Lunatic asylums United Prov. 1922-30 - 1922-1930
Year: 1922
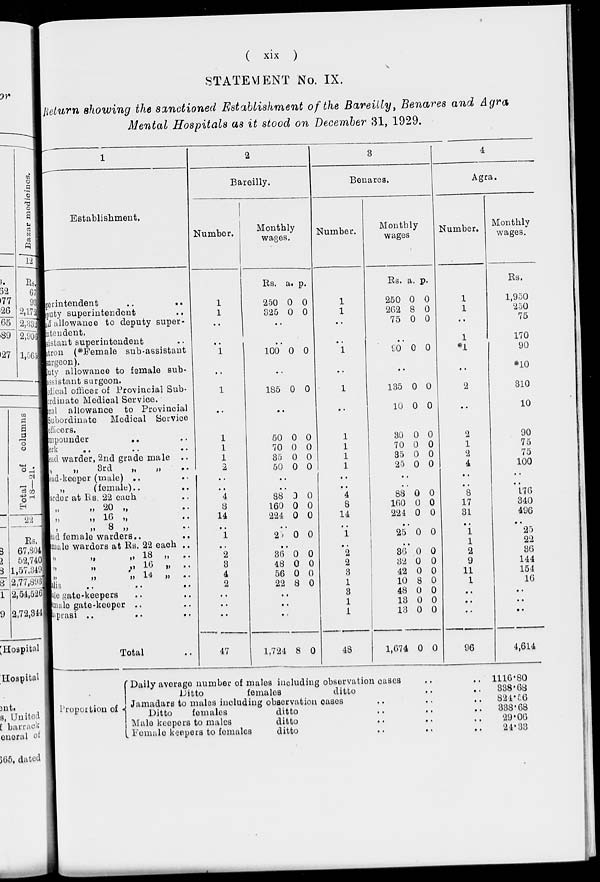
( xix )
STATEMENT No. IX.
Return showing the sanctioned Establishment of the Bareilly, Benares and Agra
Mental Hospitals as it stood on December 31, 1929.
1
Establishment.
Superintendent
..
..
Deputy superintendent ..
staff allowance to deputy super-
intendent.
Assistant superintendent ..
Matron (*Female sub-assistant
surgeon).
Duty allowance to female sub-
assistant surgeon.
Medical officer of Provincial Sub-
ordinate Medical Service.
Medical allowance to Provincial
Subordinate
Medical Service
officers.
impounder
.. ..
Clerk .. .. ..
Head warder, 2nd grade male ..
„ „ 3rd
„
„
..
Head-keeper (male) .. ..
„
(female) .. ..
Warder at Rs. 22 each ..
„
„
20
„
..
„
„
16
„ ..
„ „ 8 „ ..
Head female warders .. ..
Female warders at Rs. 22 each ..
„
„
„
18
„
..
„
„
„
16
„
..
„
„
„
14
„
..
alis
..
..
..
Male gate-keepers .. ..
Female gate-keeper .. ..
Chaprasi .. .. ..
Total ..
2
Bareilly.
Number.
1
1
..
..
1
..
1
..
1
1
1
2
..
..
4
8
14
..
1
..
2
3
4
2
..
..
..
47
Monthly
wages.
Rs.
250
325
a.
0
0
p.
0
0
..
..
100 0 0
..
185 0 0
..
50
70
35
50
0
0
0
0
0
0
0
0
..
..
88
160
224
0
0
0
0
0
0
..
25 0 0
..
36
48
56
22
0
0
0
8
0
0
0
0
..
..
..
1,724 8 0
3
Benares.
Number.
1
1
..
..
1
..
1
..
1
1
1
1
..
..
4
8
14
..
1
..
2
2
3
1
3
1
1
48
Monthly
wages
Rs.
250
262
75
a.
0
8
0
p.
0
0
0
..
90 0 0
..
135
10
30
70
35
25
0
0
0
0
0
0
0
0
0
0
0
0
..
..
88
160
224
0
0
0
0
0
0
..
25 0 0
..
36
32
42
10
48
13
13
1,674
0
0
0
8
0
0
0
0
0
0
0
0
0
0
0
0
4
Agra.
Number.
1
1
..
1
*1
..
2
..
2
1
2
4
..
..
8
17
31
..
1
1
2
9
11
1
..
..
..
96
Monthly
wages.
Rs.
1,950
250
75
170
90
*10
310
10
90
75
75
100
..
..
176
340
496
..
25
22
36
144
154
16
..
..
..
4,614
Proportion of
Daily average number of males including observation cases .. ..
Ditto
females
ditto .. ..
Jamadars to males including observation cases .. .. ..
Ditto
females
ditto .. .. ..
Male keepers to males
ditto .. .. ..
Female keepers to females
ditto .. .. ..
1116.80
338.68
824.56
338.68
29.06
24.33